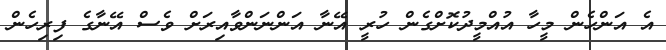
އެ އަންހެން މީހާ އުއްމީދުކޮށްގެން ހުރީ އޭނާ އަންނަންވާއިރަށް ވެސް އޭނާގެ ފިރިހެން